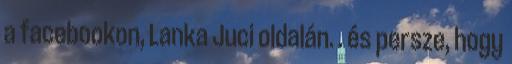
a facebookon, Lanka Juci oldalán. . és persze, hogy